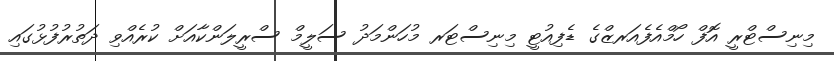
މިނިސްޓްރީ އޮފް ހޯމްއެފެއަރޒްގެ ޑެފިއުޓީ މިނިސްޓަރ މުހަންމަދު ސަލީމް ސްރީލަންކާއަށް ކުރެއްވި ދަތުރުފުޅުގައި